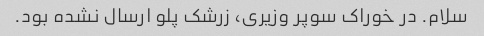
سلام. در خوراک سوپر وزیری، زرشک پلو ارسال نشده بود.